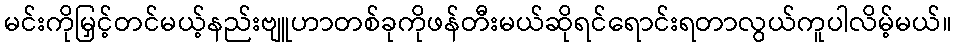
မင်းကိုမြှင့်တင်မယ့်နည်းဗျူဟာတစ်ခုကိုဖန်တီးမယ်ဆိုရင်ရောင်းရတာလွယ်ကူပါလိမ့်မယ်။